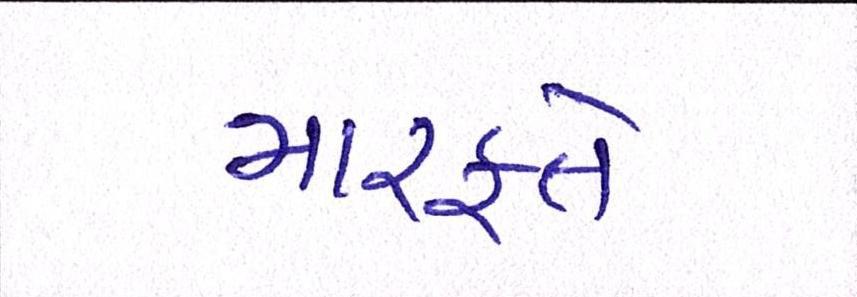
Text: મારફતે